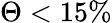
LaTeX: \Theta<15\%